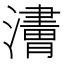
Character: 𤁿